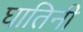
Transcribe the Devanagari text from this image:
घातिनी